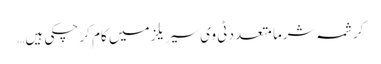
کرشمہ شرما متعدد ٹی وی سیریلز میں کام کر چکی ہیں…